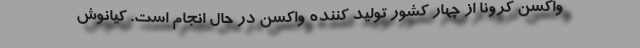
واکسن کرونا از چهار کشور تولید کننده واکسن در حال انجام است. کیانوش